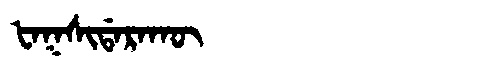
Manchu: ᡶᠠᡴᠰᡳᡩᠠᡵᠠᡴᡡ
Romanization: FAKSIDARAKŪ